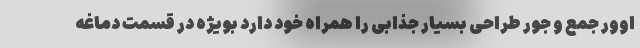
اوور جمع و جور طراحی بسیار جذابی را همراه خود دارد بویژه در قسمت دماغه